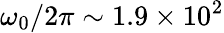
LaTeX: \omega_{0}/2\pi\sim 1.9\times 10^{2}